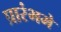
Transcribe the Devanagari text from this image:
प्रारंभमे